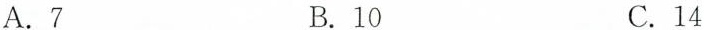
A.7 B.10 C.14